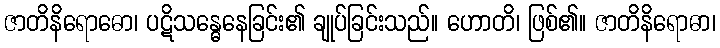
ဇာတိနိရောဓော၊ ပဋိသန္ဓေနေခြင်း၏ ချုပ်ခြင်းသည်။ ဟောတိ၊ ဖြစ်၏။ ဇာတိနိရောဓာ၊